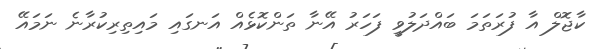
ކާޖޮލް އާ ފުރަތަމަ ބައްދަލުވީ ފަހަރު އޭނާ ތަންކޮޅެއް އަނގައި މައިތިރިކުރާނެ ނަމައޭ